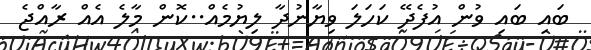
ބައި ބައި ވުން އުފެދޭ ކަހަލަ ވިޔާނުދާ ލިޔުމެއް..ކޮން މާލެ އެއް ރާއްޖެ